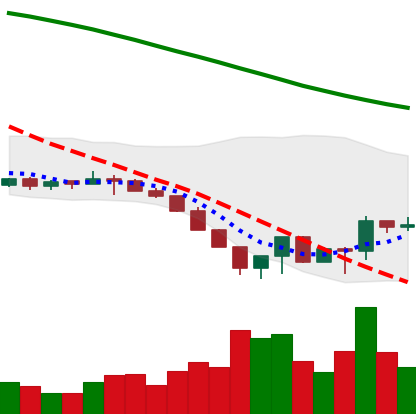
Ticker: LTC-USD
Chart end date: 2022-06-21
Forward return: 6.295%
Label: up_5_7